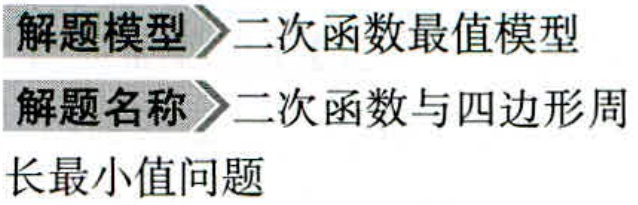
\begin{center}
解题模型$\rhd$二次函数最值模型\\
解题名称$\rhd$二次函数与四边形周长最小值问题
\end{center}